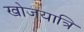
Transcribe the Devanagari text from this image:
खोजयात्रि